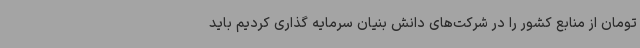
تومان از منابع کشور را در شرکت‌های دانش بنیان سرمایه گذاری کردیم باید